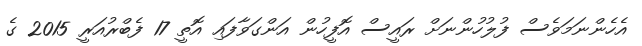
އެހެންނަމަވެސް ފުލުހުންނަށް ރައީސް އޮފީހުން އަންގަވާފައި އޮތީ 17 ފެބްރުއަރީ 2015 ގެ